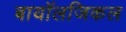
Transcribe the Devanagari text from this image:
बायॉलजिकल